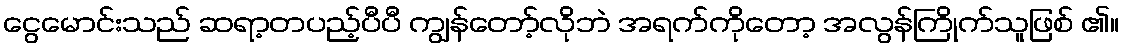
ငွေမောင်းသည် ဆရာ့တပည့်ပီပီ ကျွန်တော့်လိုဘဲ အရက်ကိုတော့ အလွန်ကြိုက်သူဖြစ် ၏။